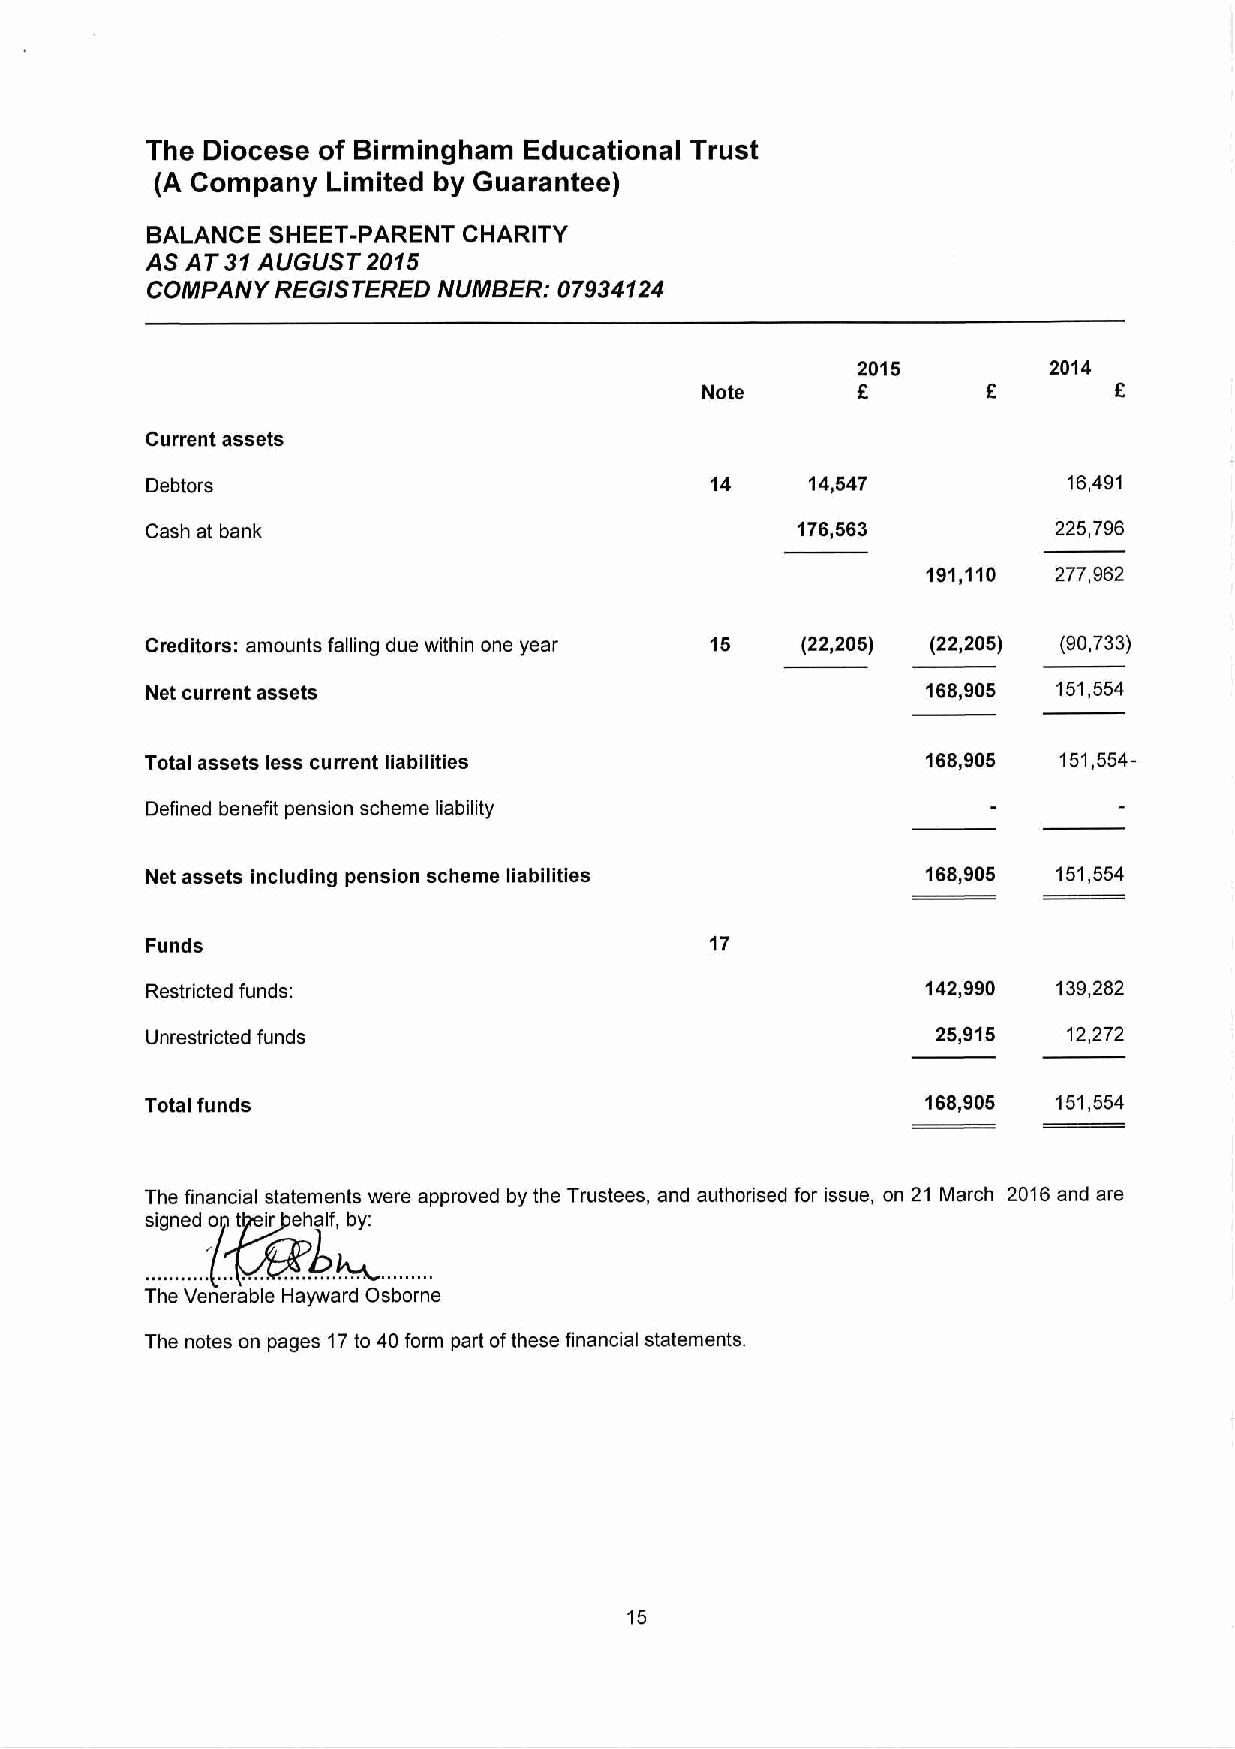
The Diocese of Birmingham Educational Trust
 (A Company  Limited by Guarantee)
 BALANCE SHEET-PARENT CHARITY
 AS AT 31 AUGUST2015
 COMPANY REGISTERED NUMBER: 07934124
 2015        2014
 Note       £       £        £
 Current assets
 Debtors                              14    14,547            16,491
 Cash at bank                               176,563          225,796
 191,110  277,962
 Creditors: amounts falling due within one year 15 (22,205) (22,205) (90,733)
 Net current assets                                 168,905  151,554
 Total assets less current liabilities              168,905  151,554-
 Defined benefit pension scheme liability
 Net assets including pension scheme liabilities    168,905  151,554
 Funds                                17
 Restricted funds:                                  142,990  139,282
 Unrestricted funds                                  25,915   12,272
 Total funds                                        168,905  151,554
 The financial statements were approved by the Trustees, and authorised for issue, on 21 March 2016 and are
 signed on tbeirj^ehalf, by:
 The Venerable Hayward Osborne
 The notes on pages 17 to 40 form part of these financial statements.
 15